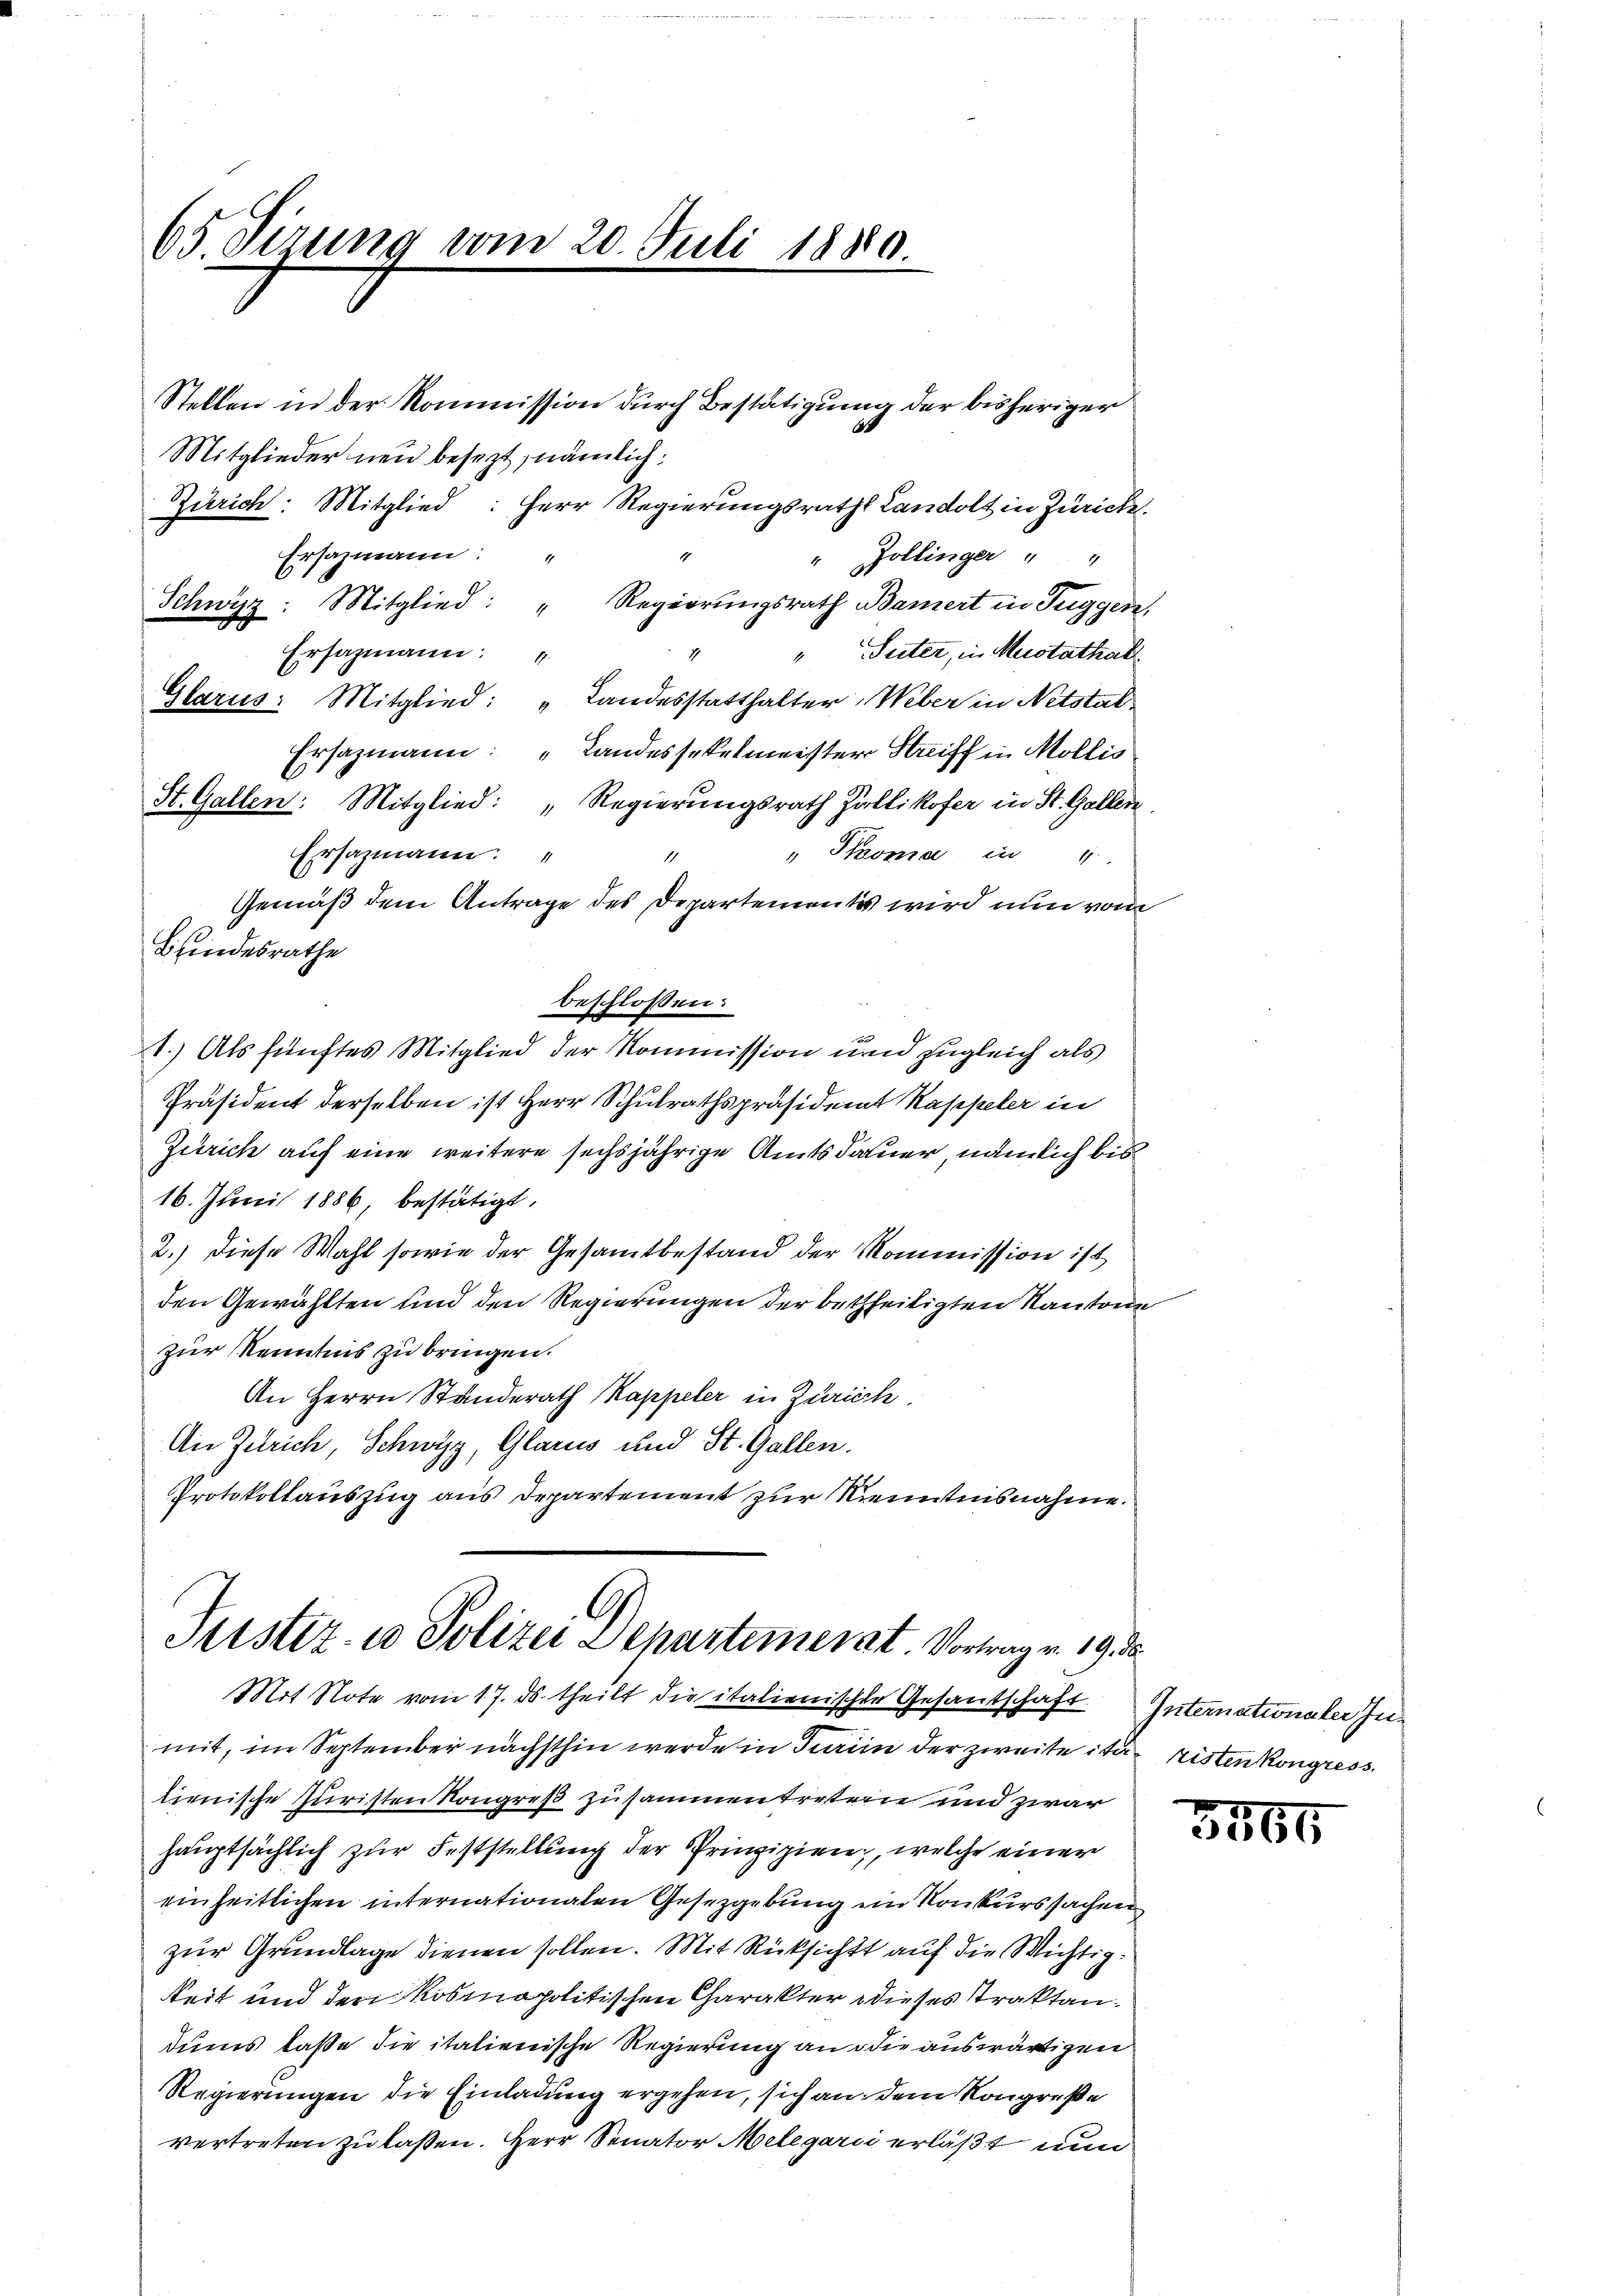
65. Sirung vom 20. Juli 1880.

Stellen in der Kommission durch Bestätigung der bisheriger
Mitglieder neu besezt, nämlich:
Zürich: Mitglied: Herr Regierungsraths Landolt in Zürich.
Ersazmann:
1
Zollinger " "
Schwyz: Mitglied: " Regierungsrath Baiert in Tuggen,
Ersazmann
" Suter, in Mustathar
Glarus: Mitglied: „Landesstatthalter Weber in Netstal
Ersazmann: „Landessekelmeister Striff in Mollis
St. Gallen. Mitglied: „Regierungsrath Züllikofer in St. Gallen,
" Thoma in 1
Ersazmann: "
Gemäß dem Antrage des Departementes wird nun vom
beschlossen:
1.) Als fünftes Mitglied der Kommission und zugleich als
Präsident derselben ist Herr Schulrathspräsident Kappeler in
Zürich auf eine weitere sechsjährige Amtsdauer, nämlich bis¬
16. Juni 1886, bestätigt,
2.) Diese Wahl sowie der Gesamtbestand der Kommission ist
den Gewählten und den Regierungen der betheiligten Kantone
zur Kenntnis zu bringen.
An Herrn Standerath Kappeler in Zürich.
An Zürich, Schwyz, Glarus und St. Gallen.
Protokollauszug aus Departement zur Kenntnisnahme.

Bundesrathe

Justiz- u Polizei Departemerat. Vortrag v. 19 de
Mit Note vom 17. ds. theilt die italienischen Gesandschaft. Internationaler In-

mit, im September nächsthin werde in Parii der zweite ita risten Kongress
lienische Juristen Kongreß zusammentreten und zwar
hauptsächlich zur Feststellung der Prinzipien, welche einer
einheitlichen internationalen Gesetzgebung im Konkurssachen
zur Grundlage dienen sollen. Mit Rücksicht auf die Wichtigkeit und den Kosmnapolitischen Charakter dieses Traktandums lasse die italienische Regierung an die auswärtigen
Regierungen die Einladung ergehen, sich an dem Kongreße
vertreten zu laßen. Herr Senator Melegarii erläßt nun

3565